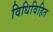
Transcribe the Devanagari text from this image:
विधिविहित